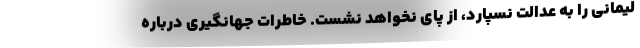
لیمانی را به عدالت نسپارد، از پای نخواهد نشست. خاطرات جهانگیری درباره